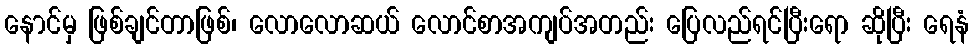
နောင်မှ ဖြစ်ချင်တာဖြစ်၊ လောလောဆယ် လောင်စာအကျပ်အတည်း ပြေလည်ရင်ပြီးရော ဆိုပြီး ရေနံ